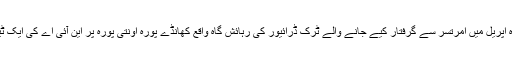
سرکاری ذرائع نے بتایا کہ امرتسر میں سال رواں کے ماہ اپریل میں امرتسر سے گرفتار کیے جانے والے ٹرک ڈرائیور کی رہائش گاہ واقع کھانڈے پورہ اونتی پورہ پر این آئی اے کی ایک ٹیم نے جمعرات کی صبح چھاپہ ڈال کر گھر کی تلاشی لی۔